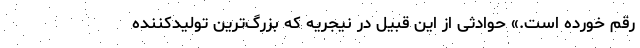
رقم خورده است.» حوادثی از این قبیل در نیجریه که بزرگ‌ترین تولیدکننده